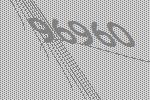
96960